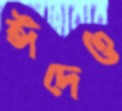
ঈদেও